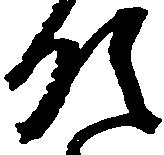
領